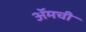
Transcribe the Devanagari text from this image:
ॲमची